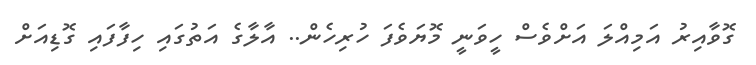
ގޮވާއިރު އަމިއްލަ އަށްވެސް ހީވަނީ މޮޔަވެފަ ހުރިހެން.. އާލާގެ އަތުގައި ހިފާފައި ގޮޑިއަށް